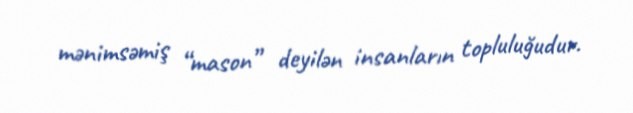
mənimsəmiş “mason” deyilən insanların topluluğudur.